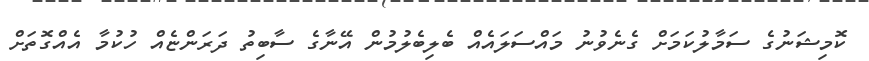
ކޮމިޝަނުގެ ސަމާލުކަމަށް ގެނެވުނު މައްސަލައެއް ބެލިބެލުމުން އޭނާގެ ސާބިތު ދަރަންޏެއް ހުކުމާ އެއްގޮތަށް